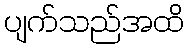
ပျက်သည်အထိ